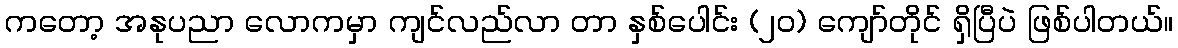
ကတော့ အနုပညာ လောကမှာ ကျင်လည်လာ တာ နှစ်ပေါင်း (၂၀) ကျော်တိုင် ရှိပြီပဲ ဖြစ်ပါတယ်။